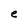
Character: e